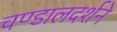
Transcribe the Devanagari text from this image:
चण्डालदर्शने